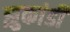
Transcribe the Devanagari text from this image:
झुकांडी